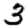
Digit: 3